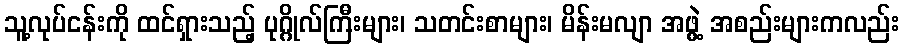
သူ့လုပ်ငန်းကို ထင်ရှားသည့် ပုဂ္ဂိုလ်ကြီးများ၊ သတင်းစာများ၊ မိန်းမလျာ အဖွဲ့ အစည်းများကလည်း